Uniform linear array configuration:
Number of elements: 4
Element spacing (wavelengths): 0.25
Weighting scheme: exponential
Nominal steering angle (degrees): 45
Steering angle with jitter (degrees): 44.28
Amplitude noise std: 0.05
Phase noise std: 0.05

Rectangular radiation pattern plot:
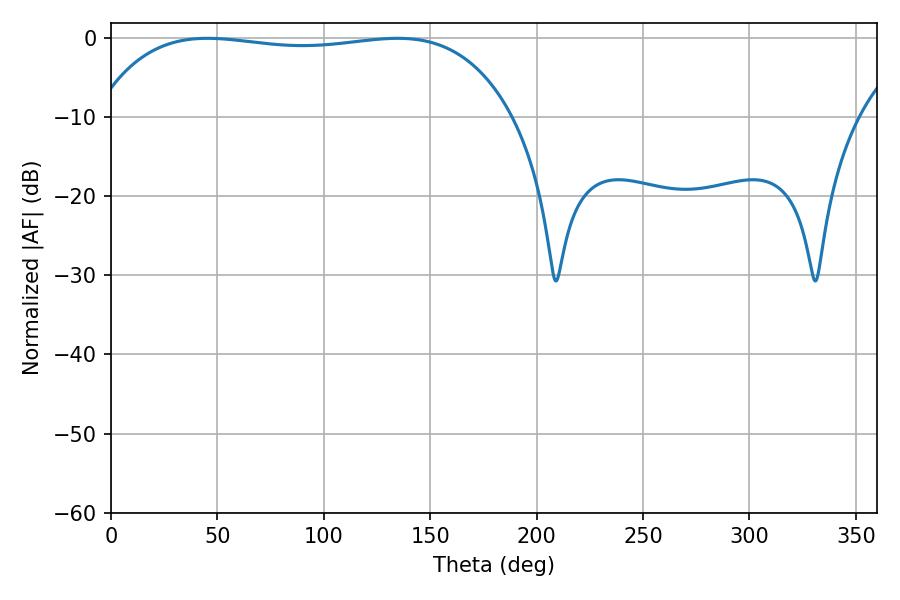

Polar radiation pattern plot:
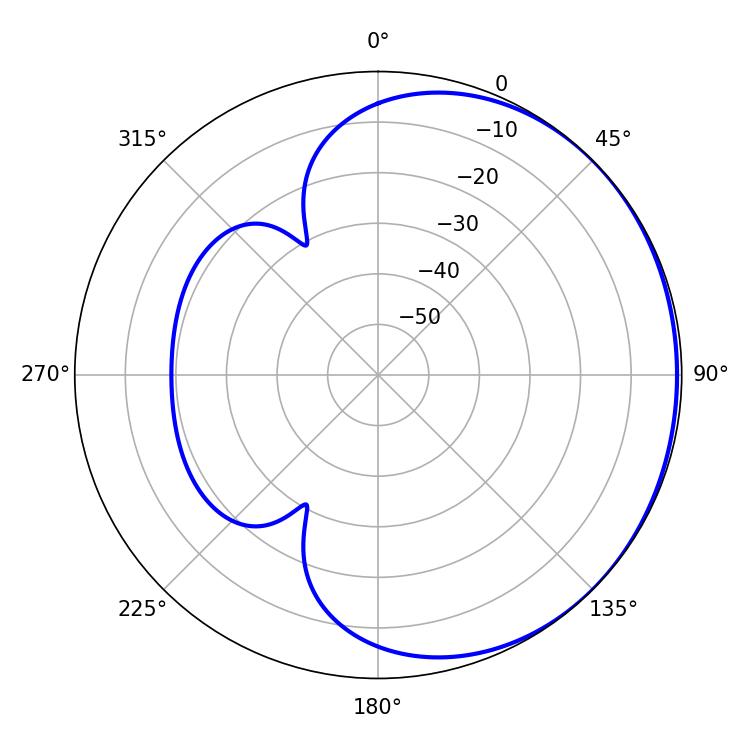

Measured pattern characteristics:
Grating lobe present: FALSE
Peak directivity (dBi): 0.6462
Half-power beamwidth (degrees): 156.6
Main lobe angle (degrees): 45.36